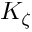
K _ { \zeta }